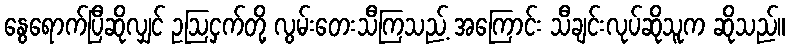
နွေရောက်ပြီဆိုလျှင် ဥဩငှက်တို့ လွမ်းတေးသီကြသည့် အကြောင်း သီချင်းလုပ်ဆိုသူက ဆိုသည်။